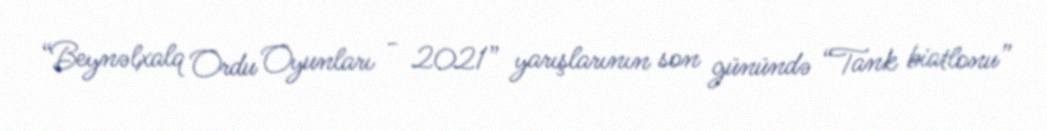
“Beynəlxalq Ordu Oyunları - 2021” yarışlarının son günündə “Tank biatlonu”